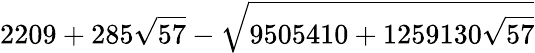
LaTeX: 2209+285\sqrt{57}-\sqrt{9505410+1259130\sqrt{57}}